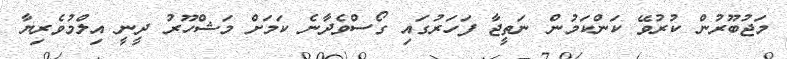
މަޖުބޫރުން ކުރުވޭ ކަންކަމުން ނަތީޖާ ފަހަރުގައި ގޯސްވެދާނެ ކަމަށް މަޝްހޫރު ދީނީ އިލްމުވެރިޔާ